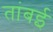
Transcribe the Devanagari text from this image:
तांबई